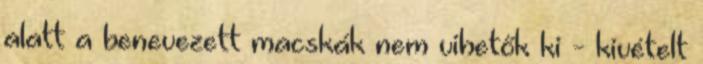
alatt a benevezett macskák nem vihetők ki - kivételt